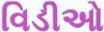
વિડીઓ